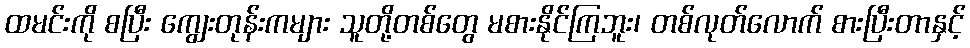
ထမင်းကို စပြီး ကျွေးတုန်းကများ သူတို့တစ်တွေ မစားနိုင်ကြဘူး၊ တစ်လုတ်လောက် စားပြီးတာနှင့်